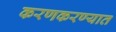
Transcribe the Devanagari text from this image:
करणकरण्यात